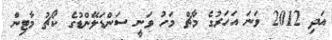
އަދި 2012 ވަނަ އަހަރުގެ މާޗް މަހު ވަނީ ސަންޑަލޭންޑުގެ ކޯޗު މާޓިން